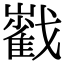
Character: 𡾃